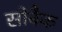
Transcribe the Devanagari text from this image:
सोबैक